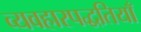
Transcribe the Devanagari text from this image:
व्यवहारपद्धतियाँ